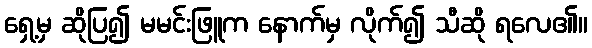
ရှေ့မှ ဆိုပြ၍ မမင်းဖြူက နောက်မှ လိုက်၍ သီဆို ရလေ၏။